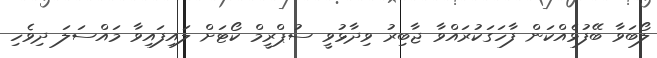
ލޯބަވާ ބޭފުޅެއްކަން ފާހަގަކުރައްވާ ޖާބިރު ވިދާޅުވީ ސުޕްރީމް ކޯޓަށް ލައިފައިވާ މައްސަލަ ދިވެހި